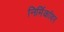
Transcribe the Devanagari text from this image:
निर्मिकांवर